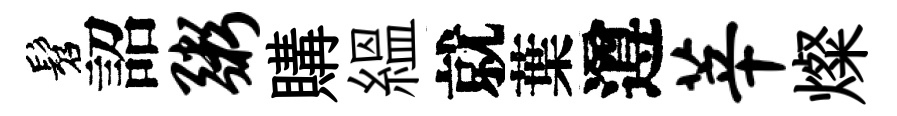
髫詔粥購緼就葉遵莘燦